Medical and sanitary report on the native army of Bombay for the year
Year: 1879
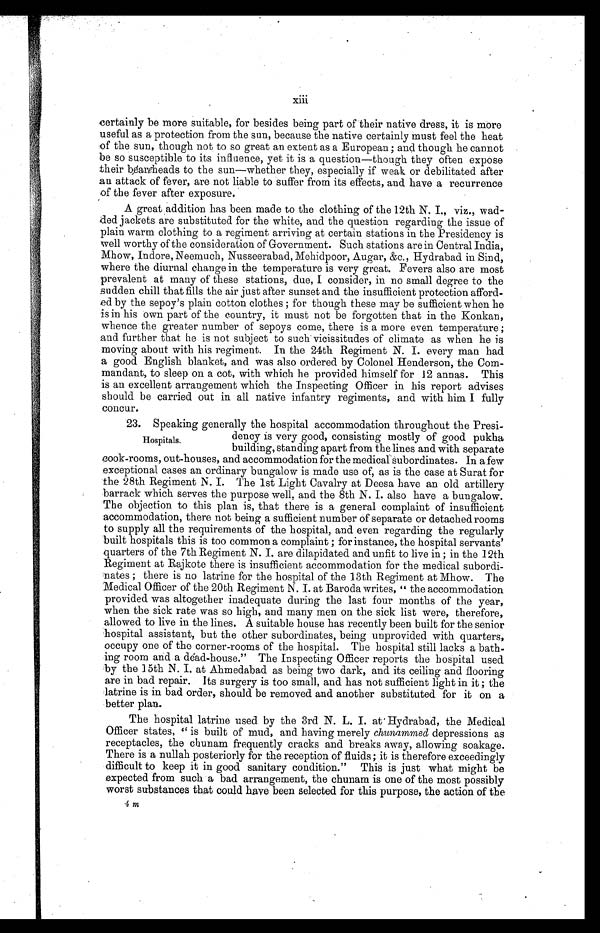
xiii
certainly be more suitable, for besides being part of their native dress, it is more
useful as a protection from the sun, because the native certainly must feel the heat
of the sun, though not to so great an extent as a European; and though he cannot
be so susceptible to its influence, yet it is a question—though they often expose
their bare heads to the sun—whether they, especially if weak or debilitated after
an attack of fever, are not liable to suffer from its effects, and have a recurrence
of the fever after exposure.
A great addition has been made to the clothing of the 12th N. I., viz., wad-
ded jackets are substituted for the white, and the question regarding the issue of
plain warm clothing to a regiment arriving at certain stations in the Presidency is
well worthy of the consideration of Government. Such stations are in Central India,
Mhow, Indore, Neemuch, Nusseerabad, Mehidpoor, Augar, &c., Hydrabad in Sind,
where the diurnal change in the temperature is very great. Fevers also are most
prevalent at many of these stations, due, I consider, in no small degree to the
sudden chill that fills the air just after sunset and the insufficient protection afford-
ed by the sepoy's plain cotton clothes; for though these may be sufficient when he
is in his own part of the country, it must not be forgotten that in the Konkan,
whence the greater number of sepoys come, there is a more even temperature;
and further that he is not subject to such vicissitudes of climate as when he is
moving about with his regiment. In the 24th Regiment N. I. every man had
a good English blanket, and was also ordered by Colonel Henderson, the Com-
mandant, to sleep on a cot, with which he provided himself for 12 annas. This
is an excellent arrangement which the Inspecting Officer in his report advises
should be carried out in all native infantry regiments, and with him I fully
concur.
23. Speaking generally the hospital accommodation throughout the Presi-
dency is very good, consisting mostly of good pukha
building, standing apart from the lines and with separate
cook-rooms, out-houses, and accommodation for the medical subordinates. In a few
exceptional cases an ordinary bungalow is made use of, as is the case at Surat for
the 28th Regiment N. I. The 1st Light Cavalry at Deesa have an old artillery
barrack which serves the purpose well, and the 8th N. I. also have a bungalow.
The objection to this plan is, that there is a general complaint of insufficient
accommodation, there not being a sufficient number of separate or detached rooms
to supply all the requirements of the hospital, and even regarding the regularly
built hospitals this is too common a complaint; for instance, the hospital servants'
quarters of the 7th Regiment N. I. are dilapidated and unfit to live in; in the 12th
Regiment at Rajkote there is insufficient accommodation for the medical subordi-
nates; there is no latrine for the hospital of the 13th Regiment at Mhow. The
Medical Officer of the 20th Regiment N. I. at Baroda writes, "the accommodation
provided was altogether inadequate during the last four months of the year,
when the sick rate was so high, and many men on the sick list were, therefore,
allowed to live in the lines. A suitable house has recently been built for the senior
hospital assistant, but the other subordinates, being unprovided with quarters,
occupy one of the corner-rooms of the hospital. The hospital still lacks a bath-
ing room and a dead-house." The Inspecting Officer reports the hospital used
by the 15th N. I. at Ahmedabad as being two dark, and its ceiling and flooring
are in bad repair. Its surgery is too small, and has not sufficient light in it; the
latrine is in bad order, should be removed and another substituted for it on a
better plan..
The hospital latrine used by the 3rd N. L. I. at Hydrabad, the Medical
Offi cer st at es, "i s bui l t of mud, and havi ng merel y c h u n a m m e d
d e p r e s s i o n s a s
receptacles, the chunam frequently cracks and breaks away, allowing soakage.
There is a nullah posteriorly for the reception of fluids; it is therefore exceedingly
difficult to keep it in good sanitary condition." This is just what might be
expected from such a bad arrangement, the chunam is one of the most possibly
worst substances that could have been selected for this purpose, the action of the
m
Hospitals.